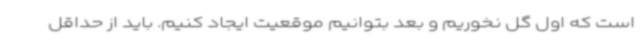
است که اول گل نخوریم و بعد بتوانیم موقعیت ایجاد کنیم. باید از حداقل